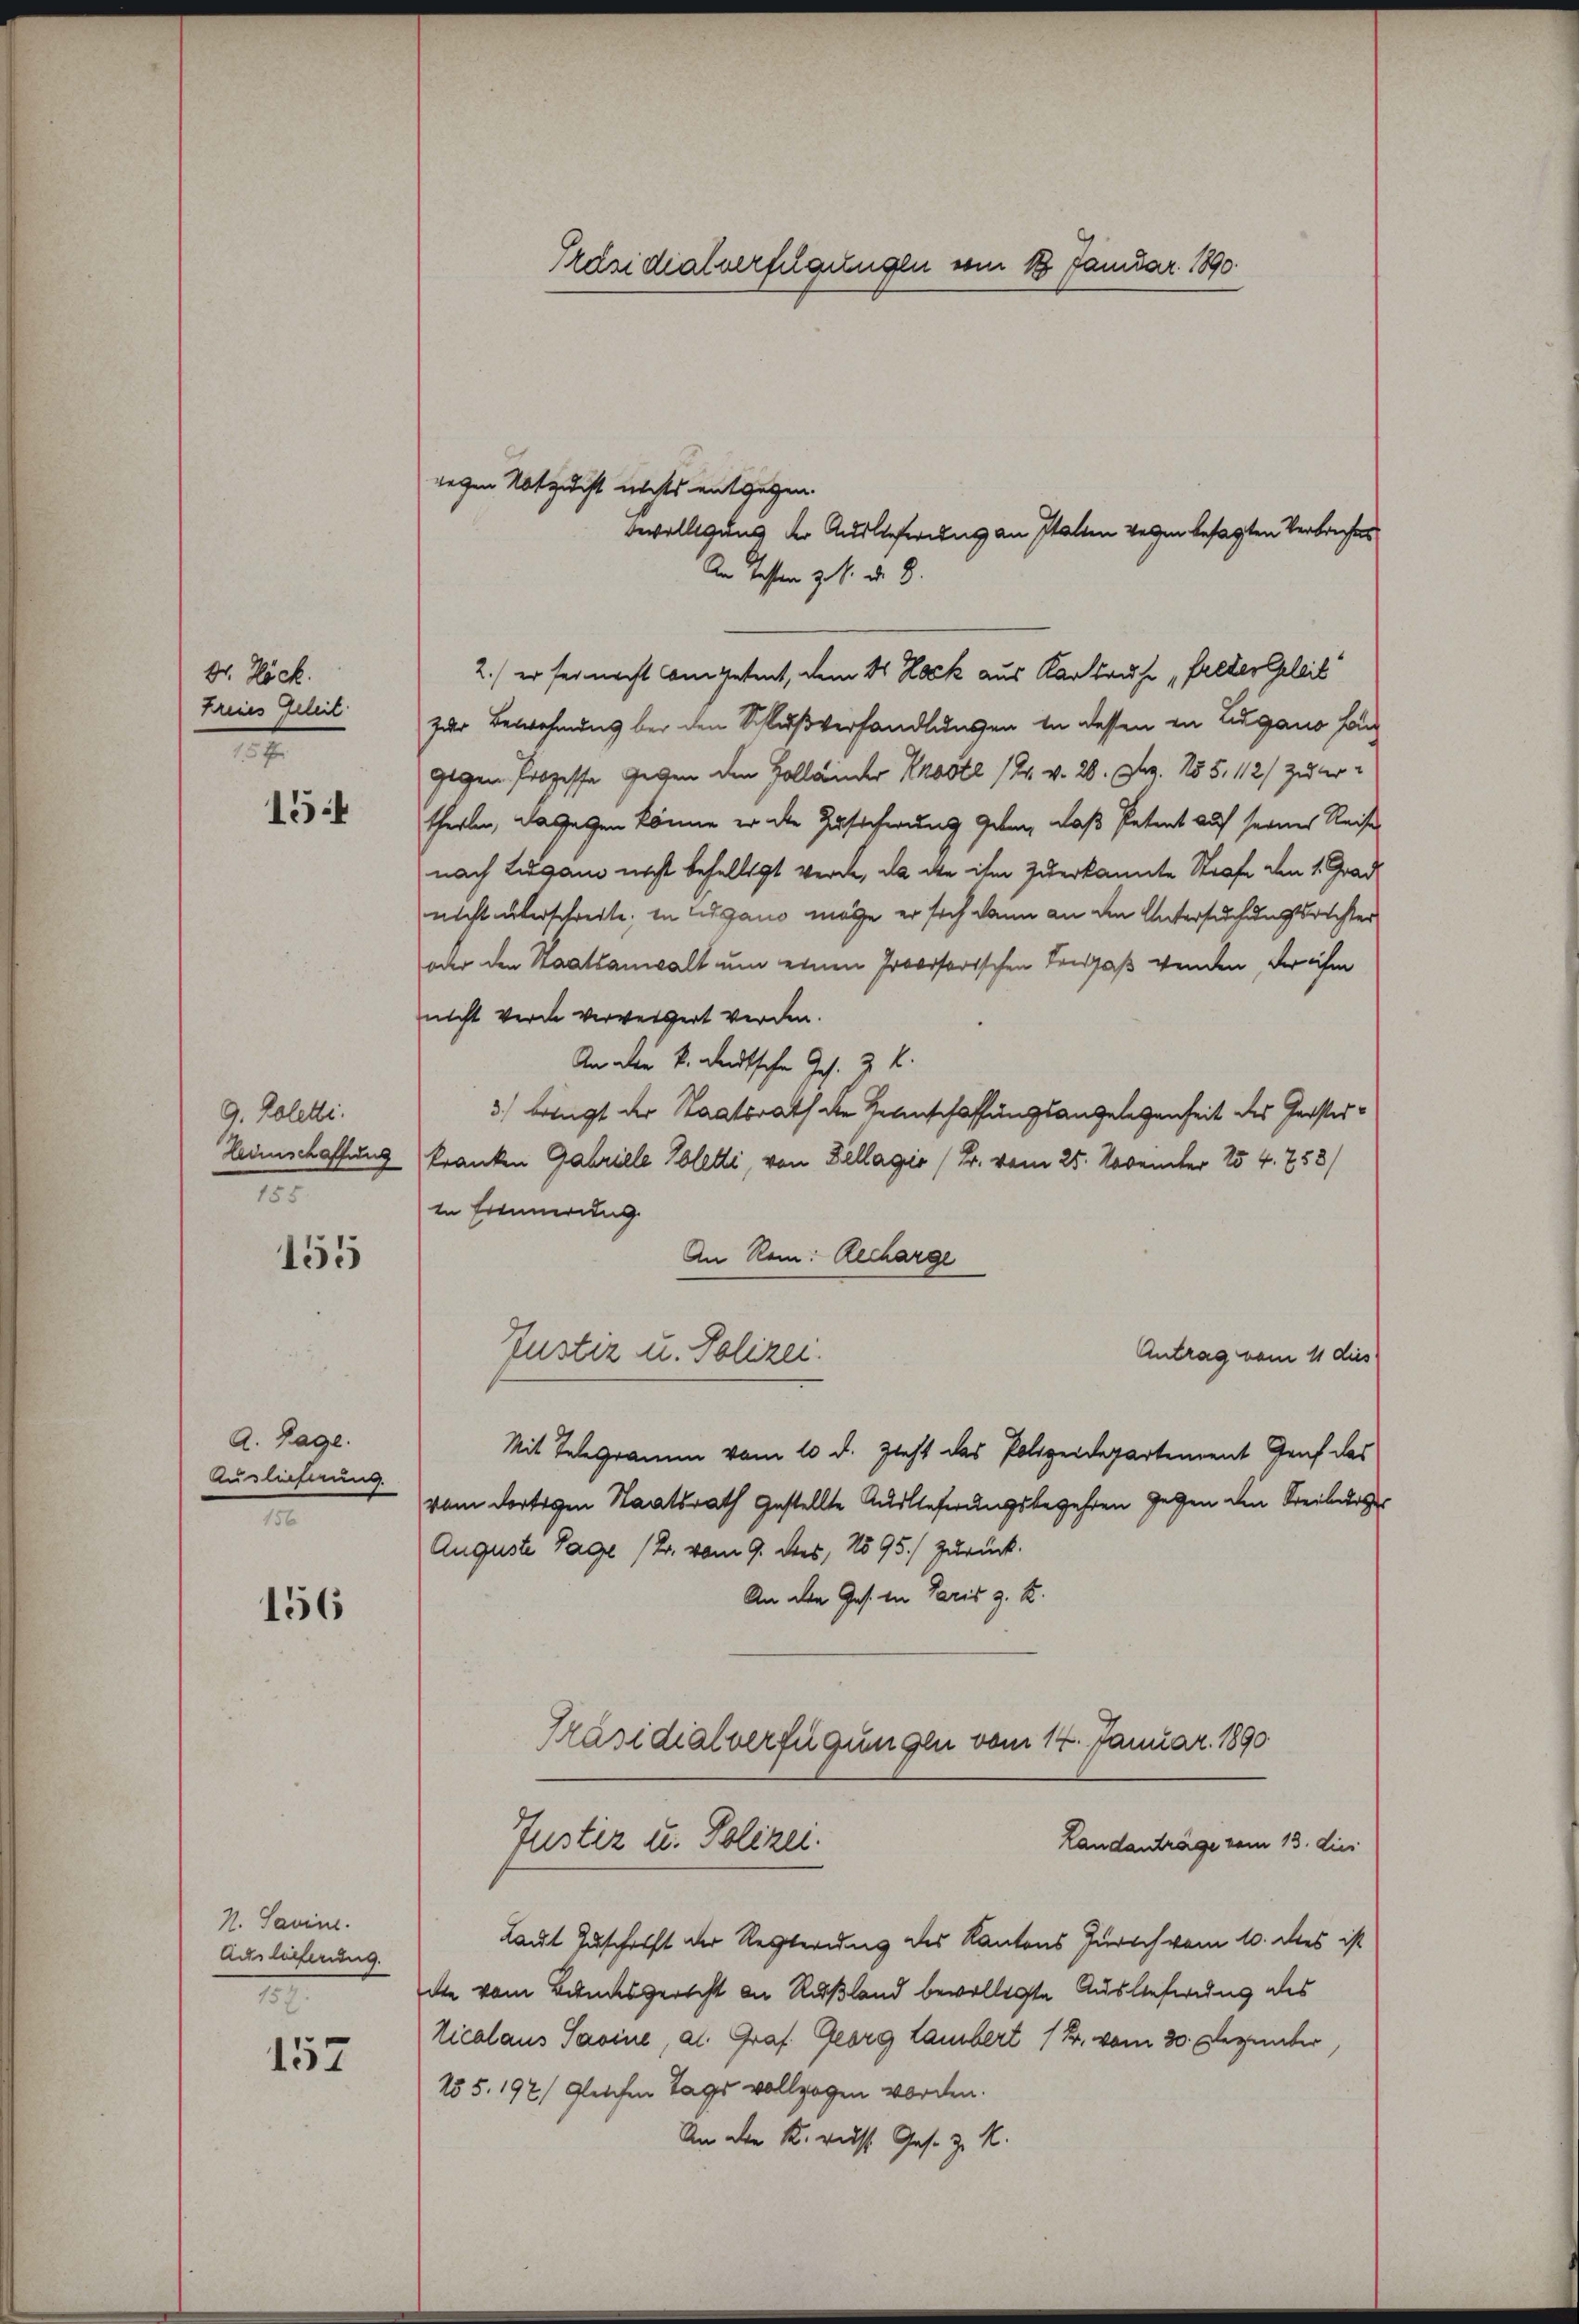
Dr. Höck.
Freies Geleit
.

15

9. Poletti.
Heimschaffung
1

155

A. Tage.
Auslieferung.
m

156

157

N. Savine.
Auslieferung.
7

Präsidialverfügungen vom 18. Januar 1890.

wegen Notzucht nichts entgegen.
bewilligung der Auslieferung an Statten verzen besagten Verbreche
An besten z. B. d. 8.
2.) er sei nacht Competent, dem 4 Nock aus Karlsruhe „Felder Geleit
zur Bewohnung bei den Schlußverhandlungen in dessen in Lugano han
gegen Prozesse Gegen den Holländer Koste 121. v. 20. Dez. 155. 112) Zu ertheilen, dagegen könne er die Zusicherung geben, daß Petent auf seines Reise
nach Lugano nicht behelligt werde, da die ihm zuerkannte Strafe den 1. Grad
nicht überschreite, in Lugano möge er sich dann an den Untersuchungsrechter
oder den Staatsanwalt um einen Provisorischen Leidgaß wenden, der ihm
nicht werde verweigert werden.
An die k. deutsche Ges. z. K.
3) bringt der Staatsrath die Reinschaffungsangelegenheit des Gersterkranken Gabrille Soletti, von Zellagio /B. vom 25. November 154. 758)
in Erinnerung
An Rein: Recharge
Justiz u. Polizei.
Antrag vom 11 dies
Mit Telegramm vom 10 d. Zieht das Polizeidepartement Graf das
vom dortigen Staatsrath gestellte Auslieferungsbegehren gegen die Freiburge¬
Auguste Tage (Dr. vom 9. dies, No 95./ zurück-
An den Ges. in Paris z. B.
Präsidialverfügungen vom 14. Januar 1890
Justiz u. Polizei.
Landanträge vom 13. dies
Laut Zuschrift der Regierung des Kantons Zürich vom 10. des ist
die vom Bundesgericht an Rußland bewilligte Auslieferung des
Licalaus Savine, al. Graf Georg Lambert 12. vom 30. Denunter,
155. 197/ gleichen Tags vollzogen worden.
An die K. rust Ges. z. K.